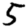
Digit: 5